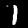
Label: 1